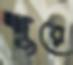
শুরে